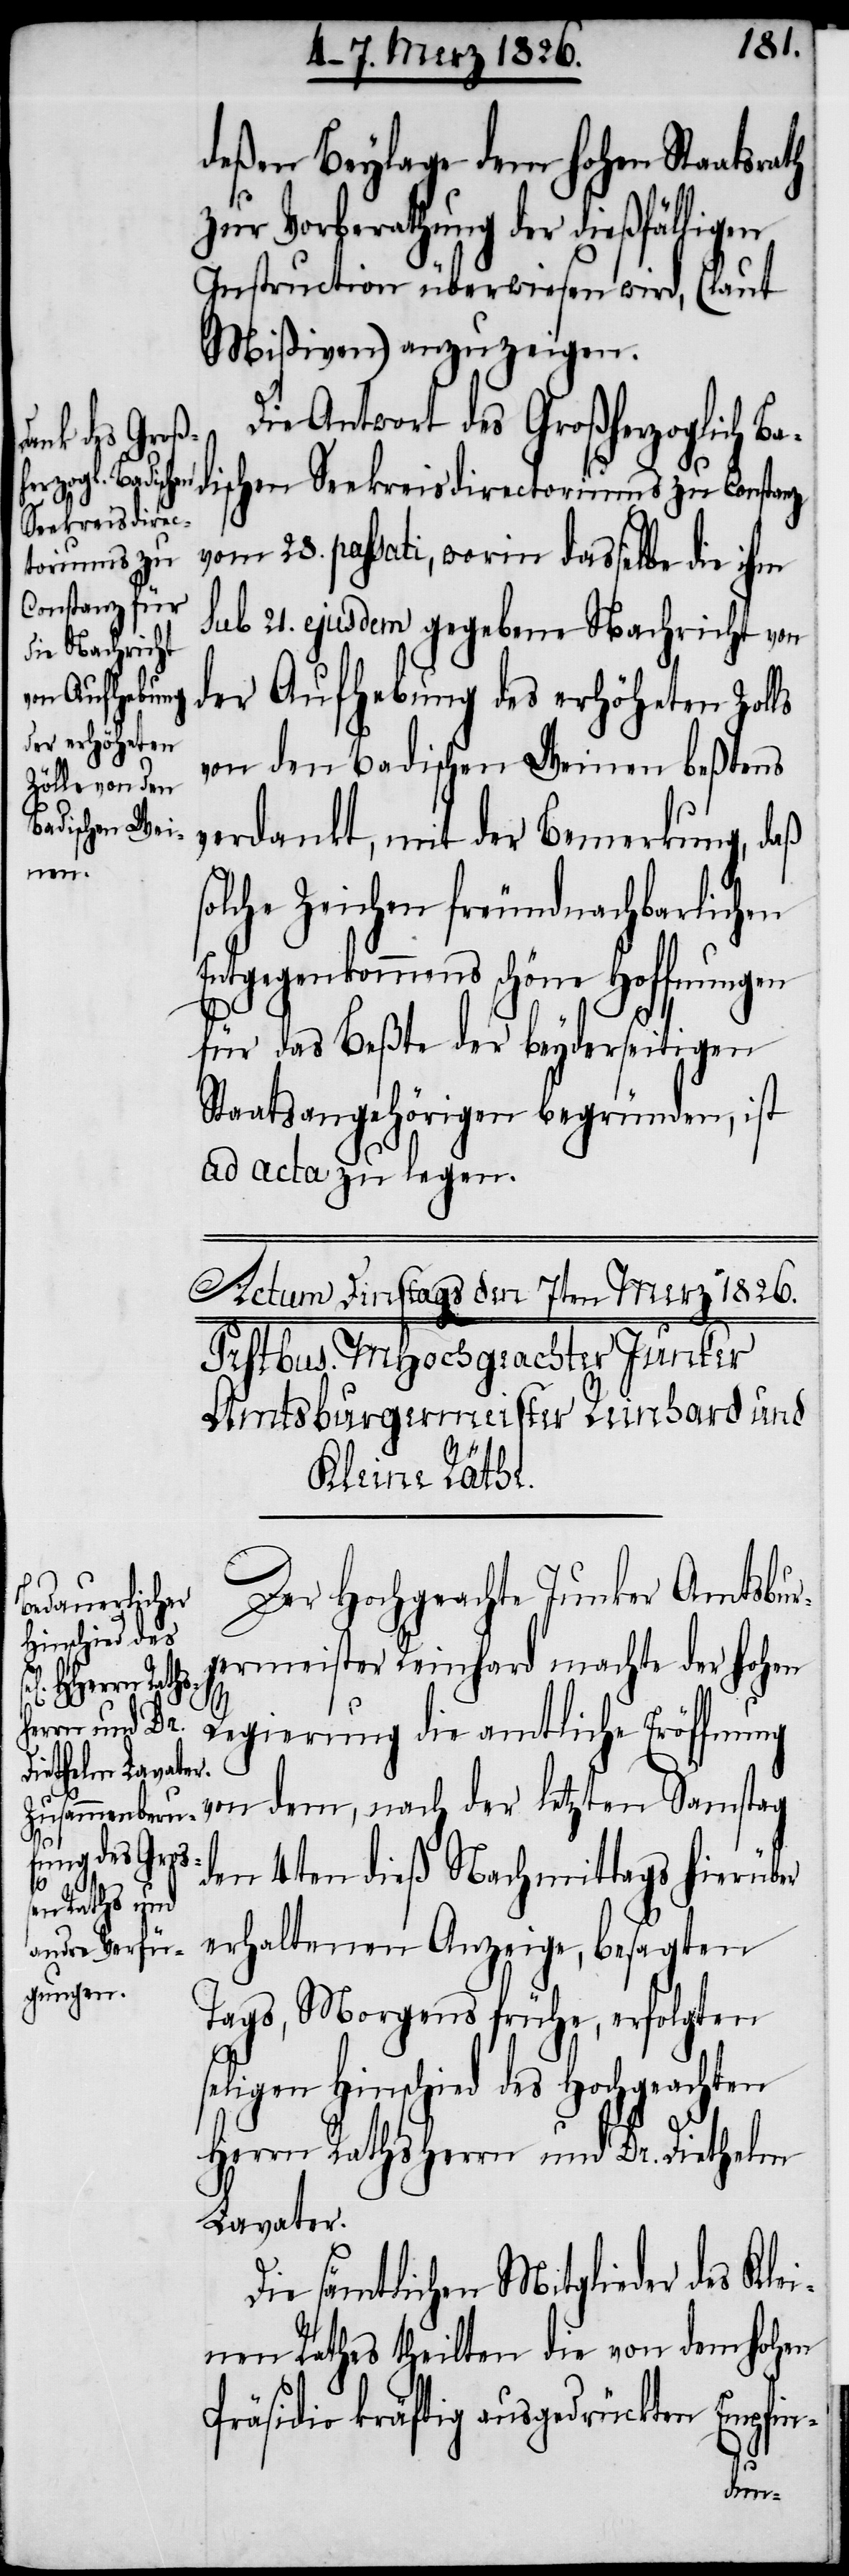
s¬

deßen Beylage dem hohen Staatsrath
zur Vorberathung der dießfälligen
Instruction überwiesen wird, (laut
Mißiven) anzuzeigen.
Die Antwort des Großherzoglich Ba¬
dischen Seekreisdirectoriums zu Constanz
vom 28. passati, worin dasselbe die ihm
sub 21. ejusdem gegebene Nachricht von
der Aufhebung des erhöheten Zolls
von den Badischen Weinen beßtens
verdankt, mit der Bemerkung, daß
olche Zeichen freundnachbarlichen
Entgegenkommens schöne Hoffnungen
für das Beßte der beyderseitigen
Staatsangehörigen begründen, ist
ad acta zu legen.
Der Hochgeachte Junker Amtsbur¬
germeister Reinhard machte der hohen
Regierung die amtliche Eröffnung
von dem, nach der letzten Samstag
den 4ten dieß Nachmittags hierüber
erhaltenen Anzeige, besagten
Tags, Morgens frühe, erfolgten
seligen Hinschied des Hochgeachten
Herrn Rathsherrn und Dr. Diethelm
Lavater.
Die sämtlichen Mitglieder des Klei¬
nen Rathes theilen die von dem hohen
Präsidio kräftig ausgedrückten Empfin-